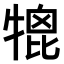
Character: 𤚪